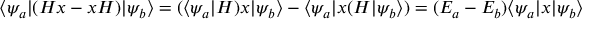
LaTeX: \langle \psi _ { a } | ( H x - x H ) | \psi _ { b } \rangle = ( \langle \psi _ { a } | H ) x | \psi _ { b } \rangle - \langle \psi _ { a } | x ( H | \psi _ { b } \rangle ) = ( E _ { a } - E _ { b } ) \langle \psi _ { a } | x | \psi _ { b } \rangle